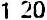
1.20